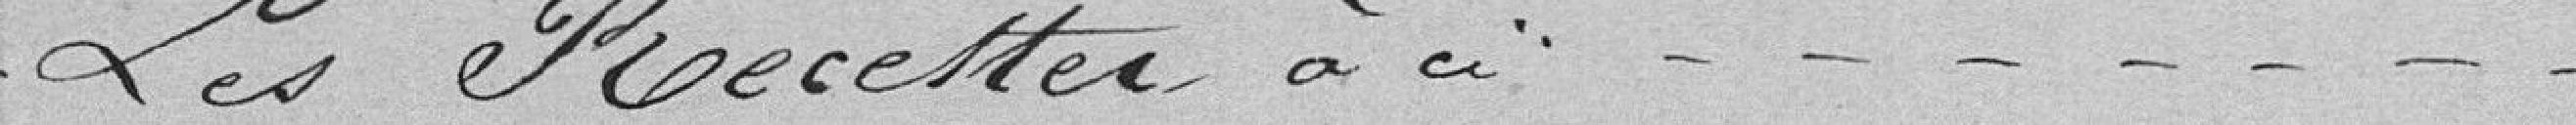
Les recettes à ci................